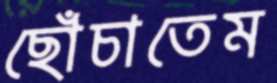
ছোঁচাতেম